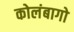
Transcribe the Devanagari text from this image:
कोलंबागो